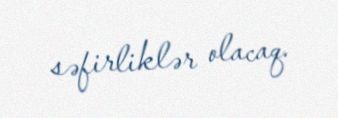
səfirliklər olacaq.